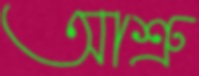
আশ্রু